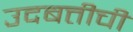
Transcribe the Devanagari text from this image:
उदबत्तीची